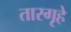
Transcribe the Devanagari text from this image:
तारगृहे